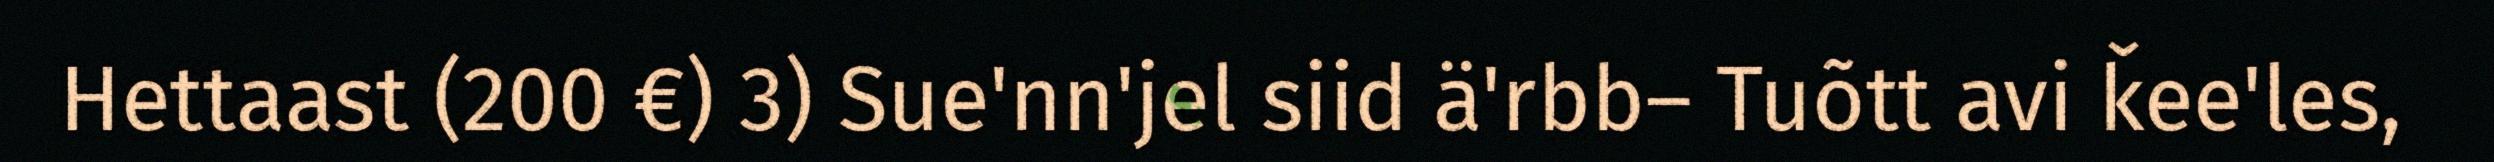
Hettaast (200 €) 3) Sue'nn'jel siid ä'rbb– Tuõtt avi ǩee'les,